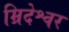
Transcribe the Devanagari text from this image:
म्रिदेश्वर